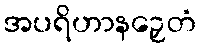
အပရိဟာနဉှေတံ